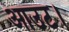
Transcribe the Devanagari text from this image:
आउट।